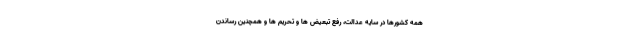
همه کشورها در سایه عدالت، رفع تبعیض ها و تحریم ها و همچنین رساندن